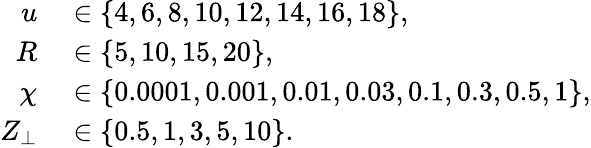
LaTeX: \begin{array}{rl}{u}&{{}\in\{ 4,6,8,10,12,14,16,18\} ,}\\ {R}&{{}\in\{ 5,10,15,20\} ,}\\ {\chi}&{{}\in\{ 0.0001,0.001,0.01,0.03,0.1,0.3,0.5,1\} ,}\\ {Z_{\perp}}&{{}\in\{ 0.5,1,3,5,10\} .}\end{array}